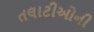
તલાટીઓની